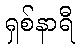
ရှစ်နာရီ